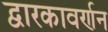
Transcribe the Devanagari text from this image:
द्वारकावर्णन